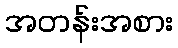
အတန်းအစား